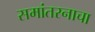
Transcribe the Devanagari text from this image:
समांतरनाचा